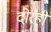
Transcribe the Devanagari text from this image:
दोरही